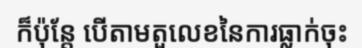
ក៏ប៉ុន្តែ បើតាមតួលេខនៃការធ្លាក់ចុះ